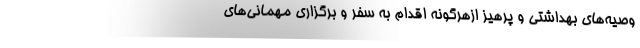
وصیه‌های بهداشتی و پرهیز ازهرگونه اقدام به سفر و برگزاری مهمانی‌های